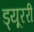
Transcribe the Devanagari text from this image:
ड्यूररी